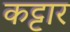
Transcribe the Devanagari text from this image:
कट्टार